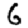
Digit: 6